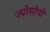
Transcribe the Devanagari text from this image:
ज्योमोयो